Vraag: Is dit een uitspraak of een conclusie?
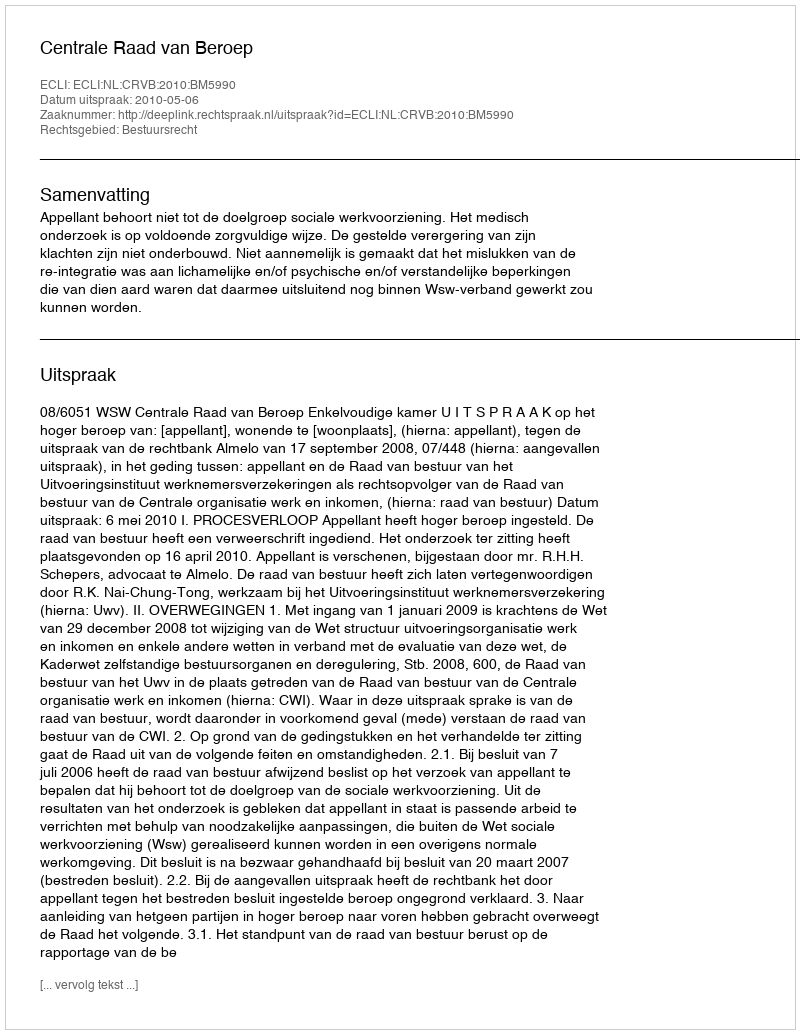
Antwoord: Uitspraak